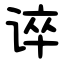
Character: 谇